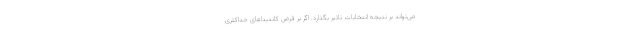
می‌تواند بر نتیجه انتخابات تاثیر بگذارد. اگر بر فرض کاندیداهای حداکثری